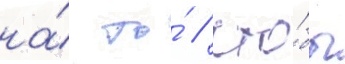
на́ то́ / что́бы